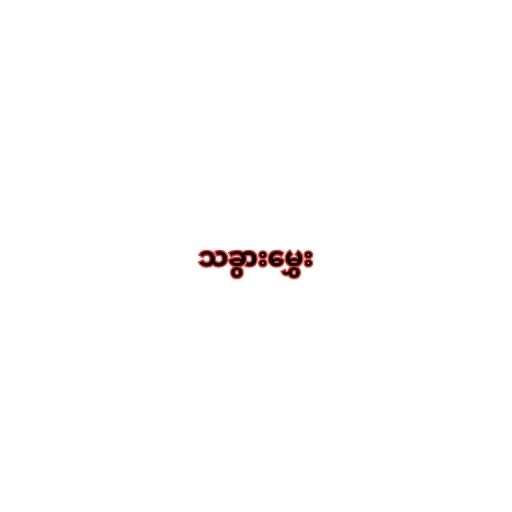
သခွားမွှေး